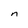
Character: n